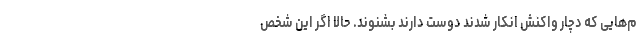
م‌هایی که دچار واکنش انکار شدند دوست دارند بشنوند. حالا اگر این شخص